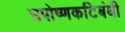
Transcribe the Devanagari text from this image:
उपोष्णकटिबंधी